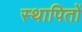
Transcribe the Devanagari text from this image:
स्थापितों